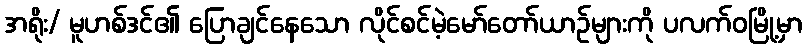
အရိုး/ မူဟစ်ဒင်၏ ပြောချင်နေသော လိုင်စင်မဲ့မော်တော်ယာဉ်များကို ပလက်ဝမြို့မှာ